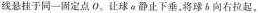
线悬挂于同一固定点 O。让球 a 静止下垂，将球 b 向右拉起，